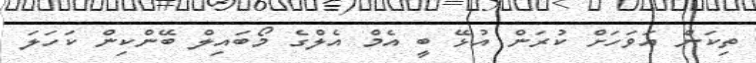
ތިކަން އަވަހަށް ކުރަން އުޅޭ ބީ އެމް އެލްގެ މޯބައިލް ބޭންކިން ކަހަލަ